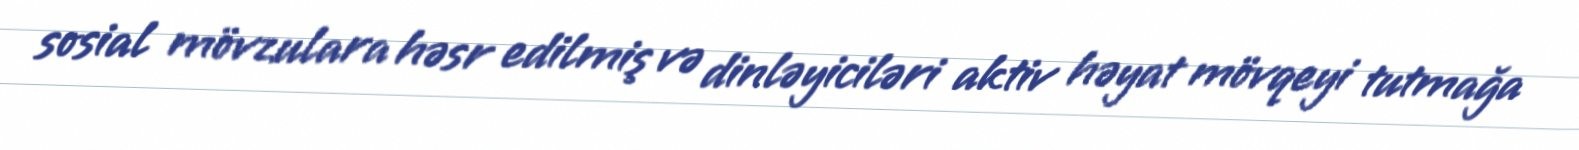
sosial mövzulara həsr edilmiş və dinləyiciləri aktiv həyat mövqeyi tutmağa